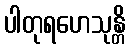
ပါတုရဟေသုန္တိ